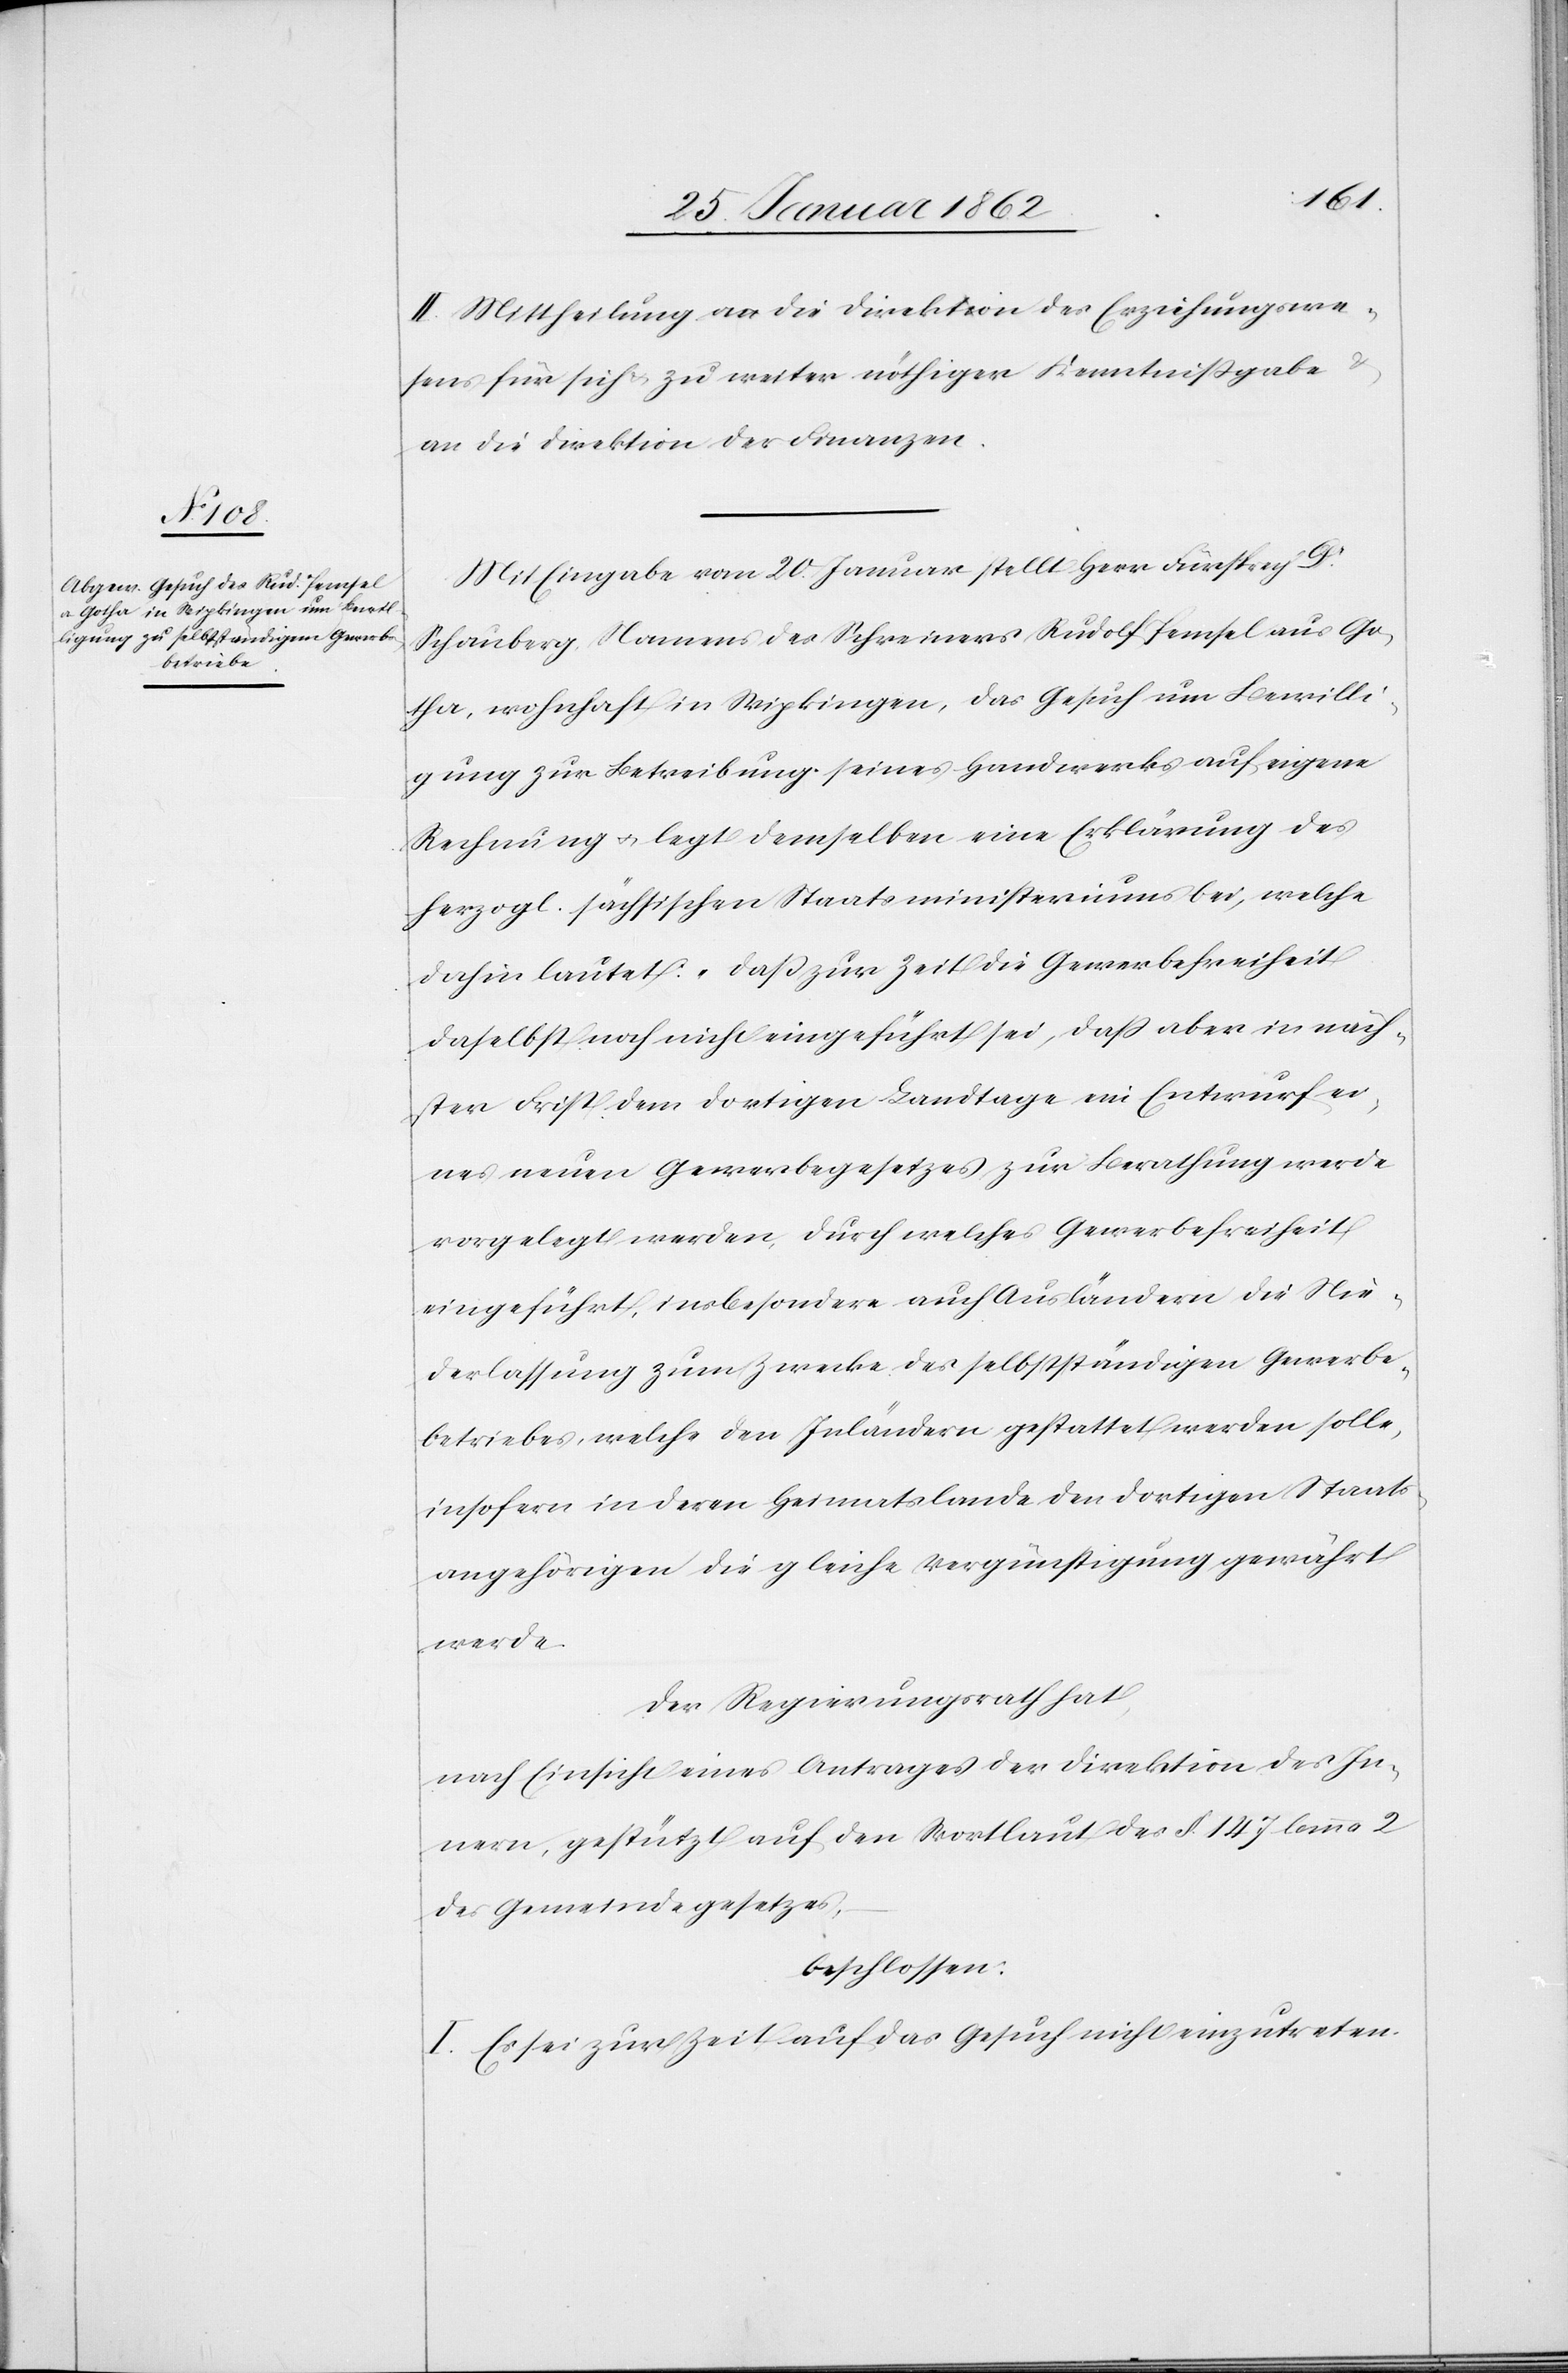
II. Mittheilung an die Direktion des Erziehungswe¬
sens für sich u. zu weiter nöthiger Kenntnißgabe
an die Direktion der Finanzen.
Mit Eingabe vom 20. Januar stellt Herr Fürsprech Dr.
Schauberg, Namens des Schreiners Rudof Pemsel aus Go¬
tha, wohnhaft in Wipkingen, das Gesuch um Bewilli¬
gung zur Betreibung seines Handwerks auf eigene
Rechnung u. legt demselben eine Erklärung des
herzogl. sächsischen Staatsministeriums bei, welche
dahin lautet: „daß zur Zeit die Gewerbefreiheit
daselbst noch nicht eingeführt sei, daß aber in näch¬
ster Frist dem dortigen Landtage ein Entwurf ei¬
nes neuen Gewerbegesetzes zur Berathung werde
vorgelegt werden, durch welches Gewerbefreiheit
eingeführt, insbesondere auch Ausländern die Nie¬
derlassung zum Zwecke des selbstständigen Gewerbe¬
betriebes, welche den Inländern gestattet werden solle,
insofern in deren Heimatslande den dortigen Staats¬
angehörigen die gleiche Vergünstigung gewährt
Der Regierungsrath hat,
nach Einsicht eines Antrages der Direktion des In¬
nern, gestützt auf den Wortlaut des § 147 lemma 2
des Gemeindegesetzes,
beschlossen:
I. Es sei zur Zeit auf das Gesuch nicht einzutreten.